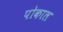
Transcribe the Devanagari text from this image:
पोकाल